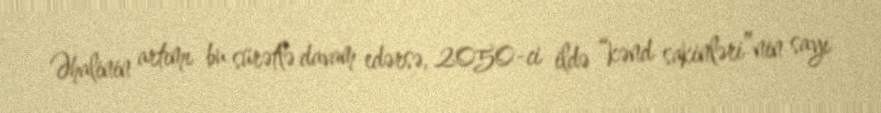
Əhalinin artımı bu sürətlə davam edərsə, 2050-ci ildə “kənd sakinləri”nin sayı